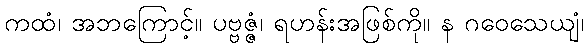
ကထံ၊ အဘကြောင့်။ ပဗ္ဗဇ္ဇံ၊ ရဟန်းအဖြစ်ကို။ န ဂဝေသေယျံ၊